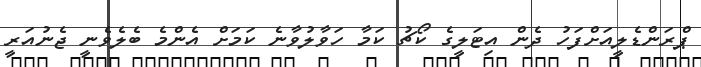
ޕްރަންޑެލީއަށްފަހު ދެން އިޓަލީގެ ކޯޗު ކަމާ ހަވާލުވާނެ ކަމަށް އެންމެ ބެލެވެނީ ޖެނުއަރީ